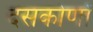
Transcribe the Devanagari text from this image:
दसकोणों